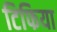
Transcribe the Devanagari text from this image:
टिफिया